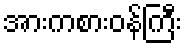
အားကစားဝန်ကြီး